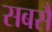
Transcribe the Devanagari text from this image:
सबसै